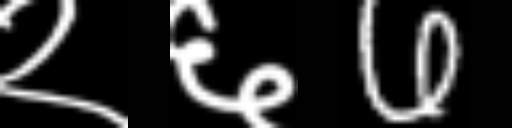
Text: २६6